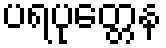
ပရပုတ္တေန